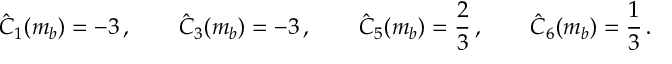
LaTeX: \hat { C } _ { 1 } ( m _ { b } ) = - 3 \, , \qquad \hat { C } _ { 3 } ( m _ { b } ) = - 3 \, , \qquad \hat { C } _ { 5 } ( m _ { b } ) = { \frac { 2 } { 3 } } \, , \qquad \hat { C } _ { 6 } ( m _ { b } ) = { \frac { 1 } { 3 } } \, .